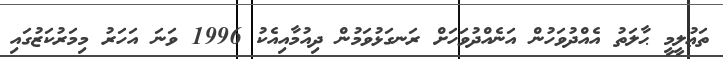
ތަޢުލީމީ ޙާލަތު އެއްދުވަހުން އަނެއްދުވަހަށް ރަނގަޅުވަމުން ދިއުމާއިއެކު 1996 ވަނަ އަހަރު މިމަރުކަޒުގައި